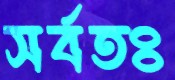
সর্বতঃ